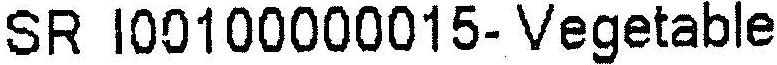
SR I00100000015- VEGETABLE